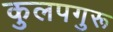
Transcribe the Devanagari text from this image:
कुलपगुरू